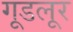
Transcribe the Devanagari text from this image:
गूडलूर